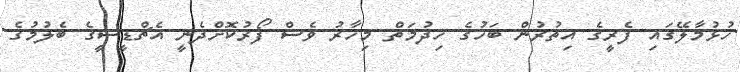
ހުޅުމާލޭގައި ފެރީގެ އިތުރުން ބަހުގެ ހިދުމަތް މިހާރު ވެސް ފޯރުކޮށްދެނީ އެޗްޑީސީގެ ބެލުމުގެ